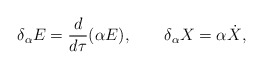
\begin{align*}\delta_\alpha E = \frac{d}{d\tau} (\alpha E), \qquad\delta_\alpha X = \alpha \dot X,\end{align*}